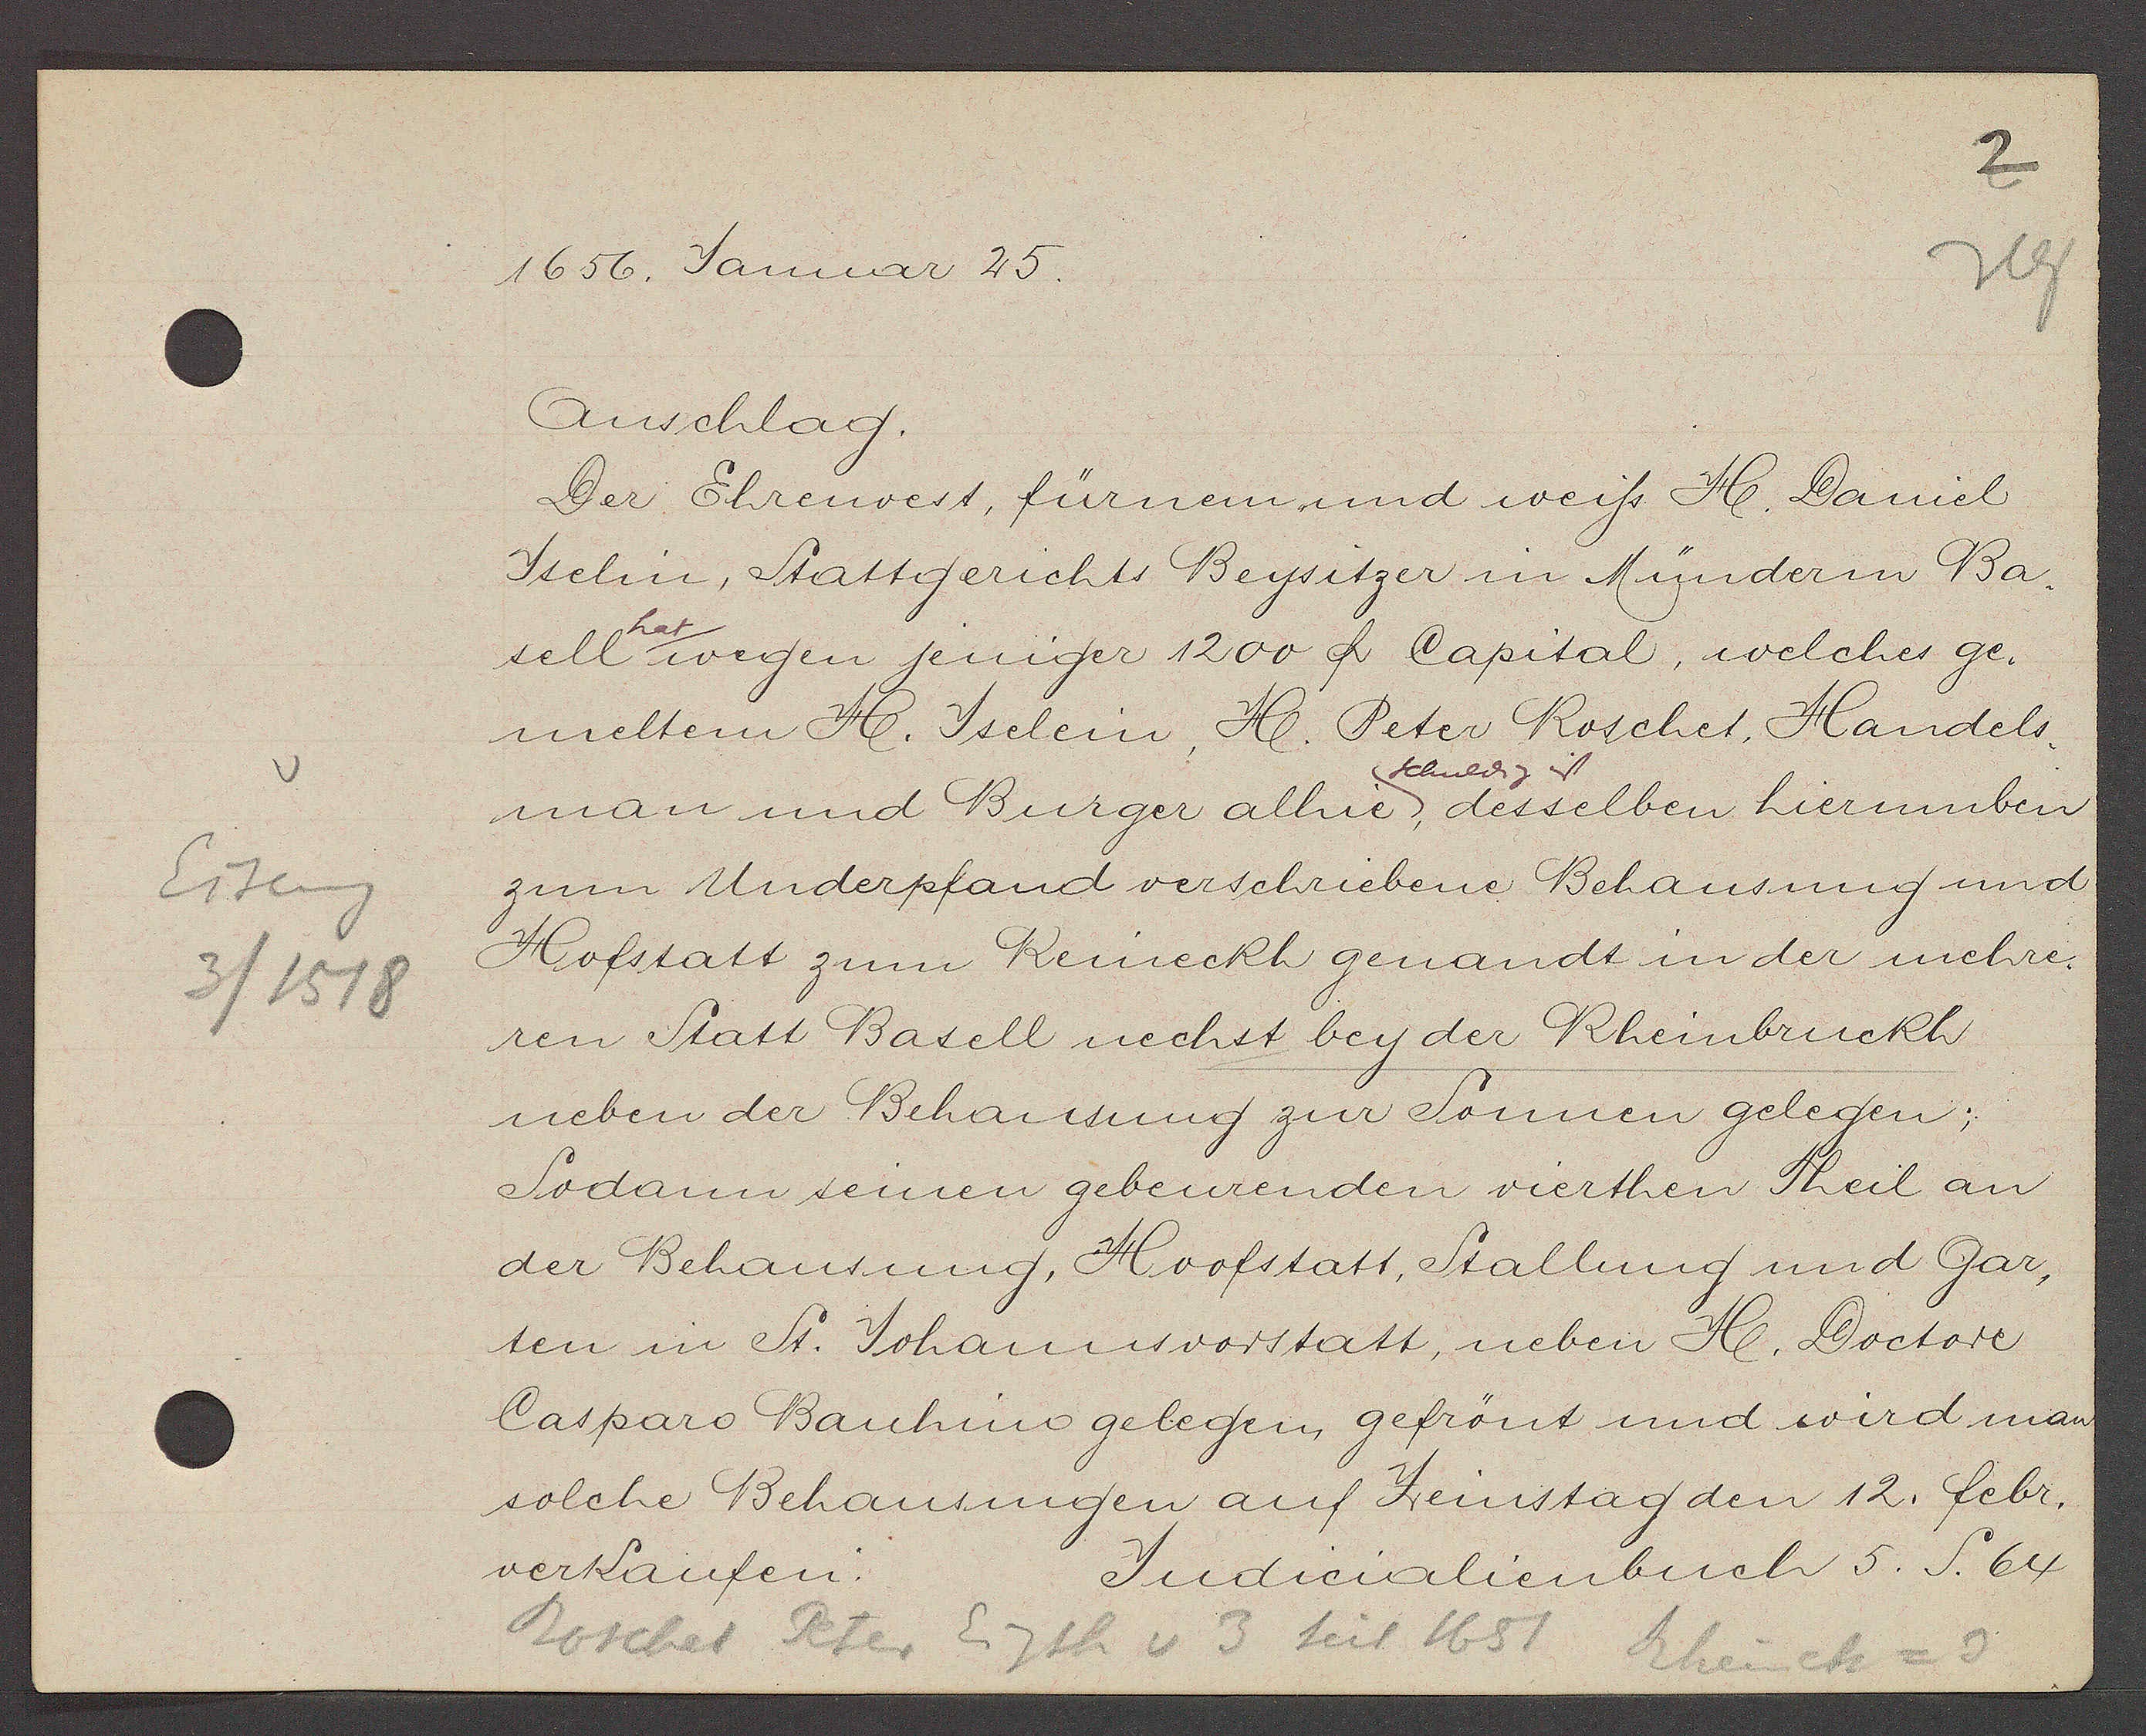
Transcript:
Eiseng
3 / 1518

1656. Januar 25.
Anschlag.
Der Ehrenvert fürnem und weiss H. Daniel
Iselin, Stattgerichts Beysitzer in Münderm Ba-
hat
sell wegen jeniger 1200 ﬂ Capital, welches ge-
meltem H. Iselein, H. Peter Roschet, Handels-
schuldig ist
man und Burger alhie, desselben hierumben
zum Underpfand verschribene Behausung und
Hofstatt zum Rheineckh genandt in der mehre-
ren Statt Basell nechst bey der Rheinbruckh
neben der Behausung zur Sonnen gelegen;
Sodann seinen gebeurenden vierthen Theil an
der Behausung, Hoofstatt, Stallung und Gar-
ten in St. Johannsvorstatt, neben H. Doctore
Casparo Bauhino gelegen, gefrönt und wird man
solche Behausungen auf Zeinstag den 12. febr.
Judicalienbuch 5. S. 64.
verkaufen:
Roschet Peter
Eigth v 3 seit 1651
Rheineck = 3